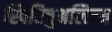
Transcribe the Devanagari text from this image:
स्पिरिचुअलिज्म